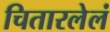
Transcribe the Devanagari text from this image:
चितारलेलं